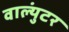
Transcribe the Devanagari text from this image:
वाल्युंटर